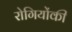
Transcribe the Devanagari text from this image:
रोगियोंकी